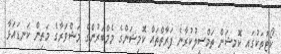
ކޯޓުތަކުގައި ކޮމިޝަން ތަމްސީލުކުރާނެ ފަރާތްތައް ކޮމިޝަންގެ މެމްބަރުންގެ މަޝްވަރާގެ މަތިން ކަނޑައަޅާ